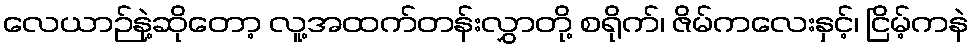
လေယာဉ်နဲ့ဆိုတော့ လူ့အထက်တန်းလွှာတို့ စရိုက်၊ ဇိမ်ကလေးနှင့်၊ ငြိမ့်ကနဲ